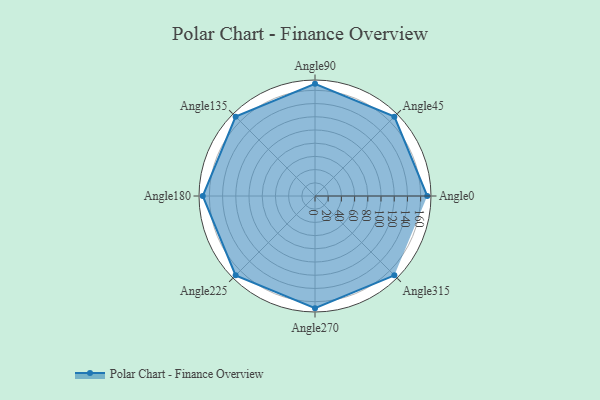
{"axis": {"x": "Angle", "y": "Radius"}, "legend": [""], "data": [{"x": "Angle0", "y": 170, "type": ""}, {"x": "Angle45", "y": 170, "type": ""}, {"x": "Angle90", "y": 170, "type": ""}, {"x": "Angle135", "y": 170, "type": ""}, {"x": "Angle180", "y": 170, "type": ""}, {"x": "Angle225", "y": 170, "type": ""}, {"x": "Angle270", "y": 170, "type": ""}, {"x": "Angle315", "y": 170, "type": ""}]}